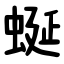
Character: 蜒